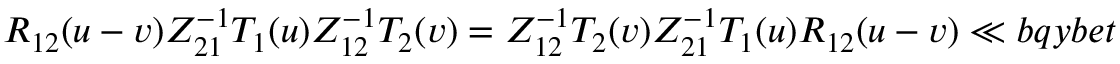
{ R } _ { 1 2 } ( u - v ) Z _ { 2 1 } ^ { - 1 } T _ { 1 } ( u ) Z _ { 1 2 } ^ { - 1 } T _ { 2 } ( v ) = Z _ { 1 2 } ^ { - 1 } T _ { 2 } ( v ) Z _ { 2 1 } ^ { - 1 } T _ { 1 } ( u ) { R } _ { 1 2 } ( u - v ) \ll { b q y b e t }